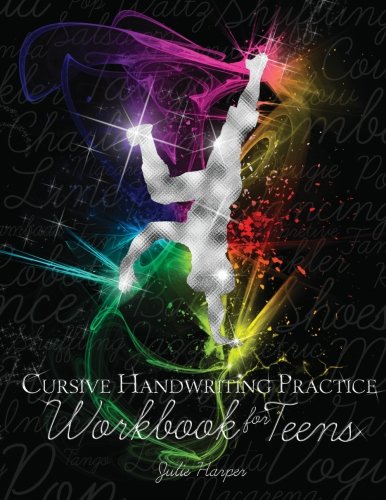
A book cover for Cursive Handwriting Practice Workbook for Teens; Julie Harper; Reference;